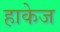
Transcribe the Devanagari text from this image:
हाकेज